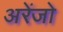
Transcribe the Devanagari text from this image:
अरेंजो